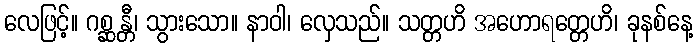
လေဖြင့်။ ဂစ္ဆန္တီ၊ သွားသော။ နာဝါ၊ လှေသည်။ သတ္တဟိ အဟောရတ္တေဟိ၊ ခုနစ်နေ့